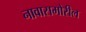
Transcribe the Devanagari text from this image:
नावासमोरील